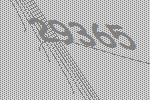
29365